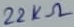
Text: 22KΩ